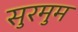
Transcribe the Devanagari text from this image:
सुरमुम